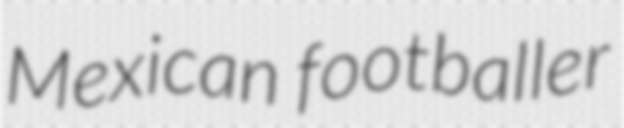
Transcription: Mexican footballer